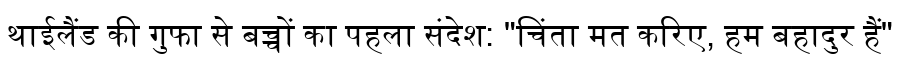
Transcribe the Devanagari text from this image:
थाईलैंड की गुफा से बच्चों का पहला संदेश: "चिंता मत करिए, हम बहादुर हैं"